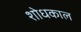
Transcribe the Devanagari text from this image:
शोधकाल